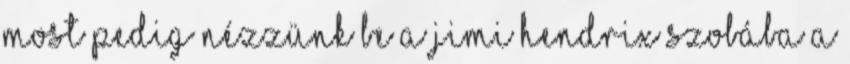
Most pedig nézzünk be a Jimi Hendrix szobába A